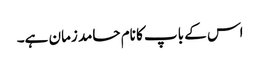
اس کے باپ کا نام حامد زمان ہے۔